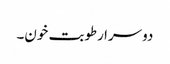
دوسرا رطوبت خون۔